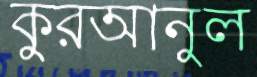
কুরআনুল